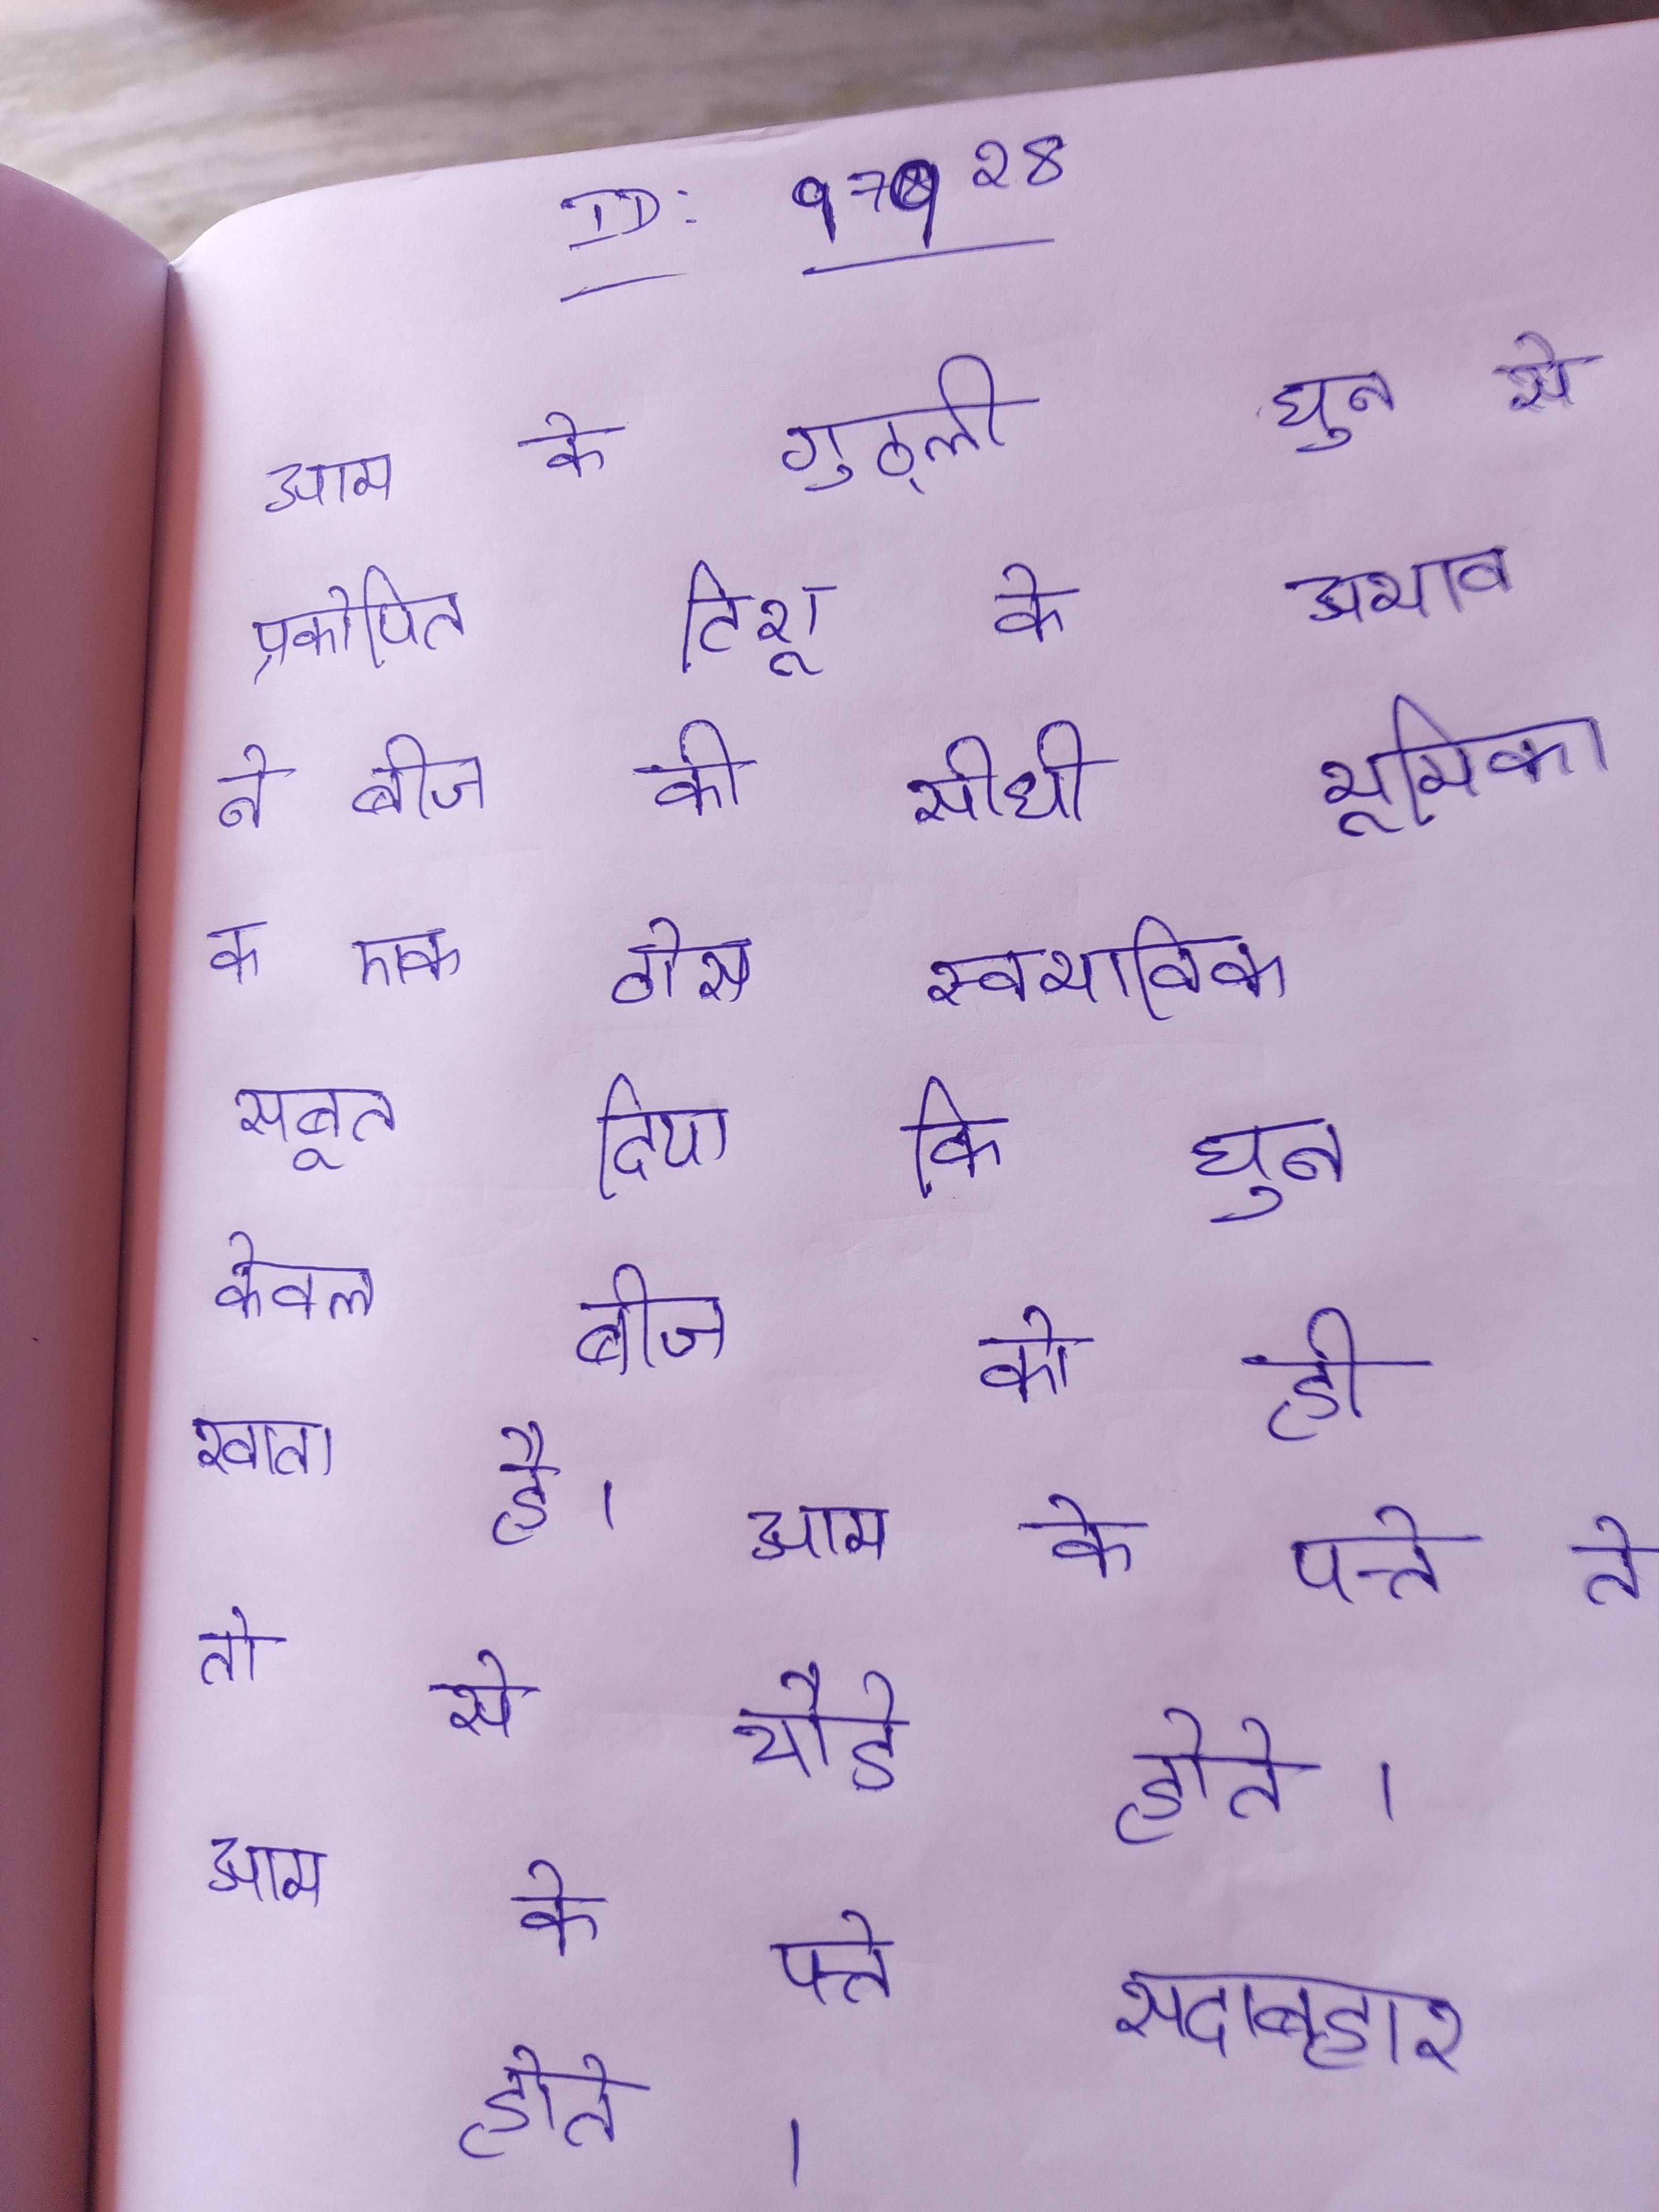
आम के गुठ्ली घुन से प्रकोपित टिशू के अभाव ने बीज की सीधी भूमिका क एक ठोस स्वाभाविक सबूत दिया कि घुन केवल बीज को ही खाता है । आम के पत्ते ते तो से चौडे होते । आम के पत्ते सदाबहार होते ।